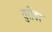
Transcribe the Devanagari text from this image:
युरोंवर